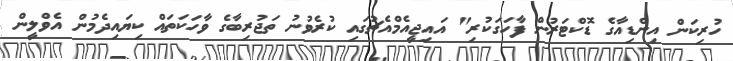
ހުރިކަން އިންޑިއާގެ ޑޮކްޓަރުން ފާހަގަކުރި" އައިޖީއެމްއެޗުގައި ކުރެވުނު ތަޖުރިބާގެ ވާހަކަތައް ކިޔައިދެމުން އެވްލީން